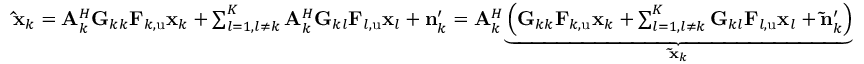
\begin{array} { r } { \mathbf { \hat { x } } _ { k } = \mathbf { A } _ { k } ^ { H } \mathbf { G } _ { k k } \mathbf { F } _ { k , \mathrm { u } } \mathbf { x } _ { k } + \sum _ { l = 1 , l \ne k } ^ { K } { \mathbf { A } _ { k } ^ { H } \mathbf { G } _ { k l } \mathbf { F } _ { l , \mathrm { u } } \mathbf { x } _ { l } } + \mathbf { n } _ { k } ^ { \prime } = \mathbf { A } _ { k } ^ { H } \underset { \mathbf { \tilde { x } } _ { k } } { \underbrace { \left( \mathbf { G } _ { k k } \mathbf { F } _ { k , \mathrm { u } } \mathbf { x } _ { k } + \sum _ { l = 1 , l \ne k } ^ { K } { \mathbf { G } _ { k l } \mathbf { F } _ { l , \mathrm { u } } \mathbf { x } _ { l } } + \mathbf { \tilde { n } } _ { k } ^ { \prime } \right) } } } \end{array}